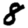
Digit: 8